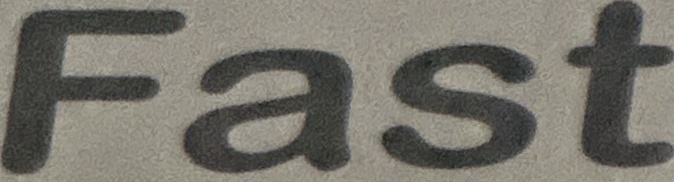
Fast